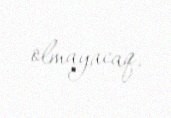
olmayacaq.